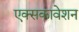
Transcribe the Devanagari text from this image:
एक्सकावेशन